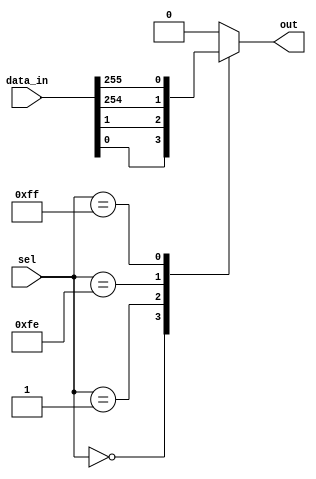
module mux_256to1 (
    input wire [255:0] data_in,
    input wire [7:0] sel,
    output reg out
);

always @(*) begin
    case (sel)
        8'b00000000: out = data_in[0];
        8'b00000001: out = data_in[1];
        // ......
        // Add all 256 cases
        // ......
        8'b11111110: out = data_in[254];
        8'b11111111: out = data_in[255];
        default: out = 0; // Default case in case of invalid select signal
    endcase
end

endmodule